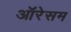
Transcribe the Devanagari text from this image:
ऑरेसम